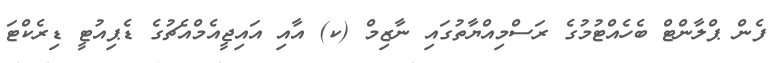
ފެން ޕްލާންޓް ބެހެއްޓުމުގެ ރަސްމިއްޔާތުގައި ނާޒިމް (ކ) އާއި އައިޖީއެމްއެޗުގެ ޑެޕިއުޓީ ޑިރެކްޓަ